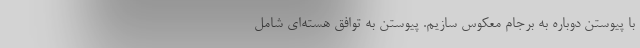
با پیوستن دوباره به برجام معکوس سازیم. پیوستن به توافق هسته‌ای شامل